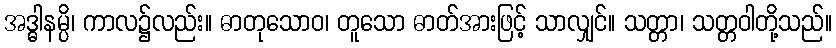
အဒ္ဓါနမ္ပိ၊ ကာလ၌လည်း။ ဓာတုသောဝ၊ တူသော ဓာတ်အားဖြင့် သာလျှင်။ သတ္တာ၊ သတ္တဝါတို့သည်။